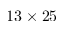
1 3 \times 2 5